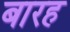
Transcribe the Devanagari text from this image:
बारह